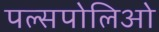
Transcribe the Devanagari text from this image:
पल्सपोलिओ